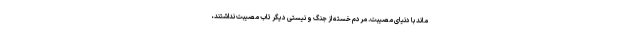
ماند با دنیای مصیبت. مردم خسته از جنگ و نیستی دیگر تاب مصیبت نداشتند،